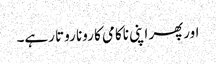
اورپھر اپنی ناکامی کا رونا روتا رہے۔